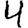
Digit: 4